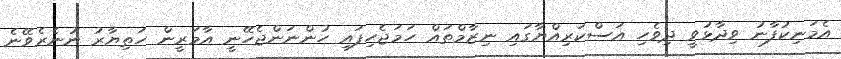
އެމަނިކުފާނު ވިދާޅުވީ ދިވެހި އަސްކަރިއްޔާގައި ނިޒާމްތައް ހަަމަޖެހިފައި ހުންނަންޖެހޭނީ އާމަރީން ހަތިޔާރު ނުނެރެވޭނެ